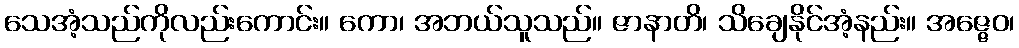
သေအံ့သည်ကိုလည်းကောင်း။ ကော၊ အဘယ်သူသည်။ ဇာနာတိ၊ သိချေနိုင်အံ့နည်း။ အဇ္ဇေဝ၊